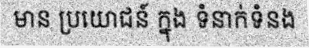
មាន ប្រយោជន៍ ក្នុង ទំនាក់ទំនង